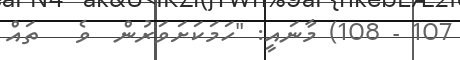
107 - 108) މާނައީ: "ހަމަކަށަވަރުން  ވެ   ތައް